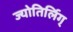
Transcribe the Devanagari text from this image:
ज्योतिर्लिग्